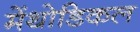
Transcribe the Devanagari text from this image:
मेंथोडिकल